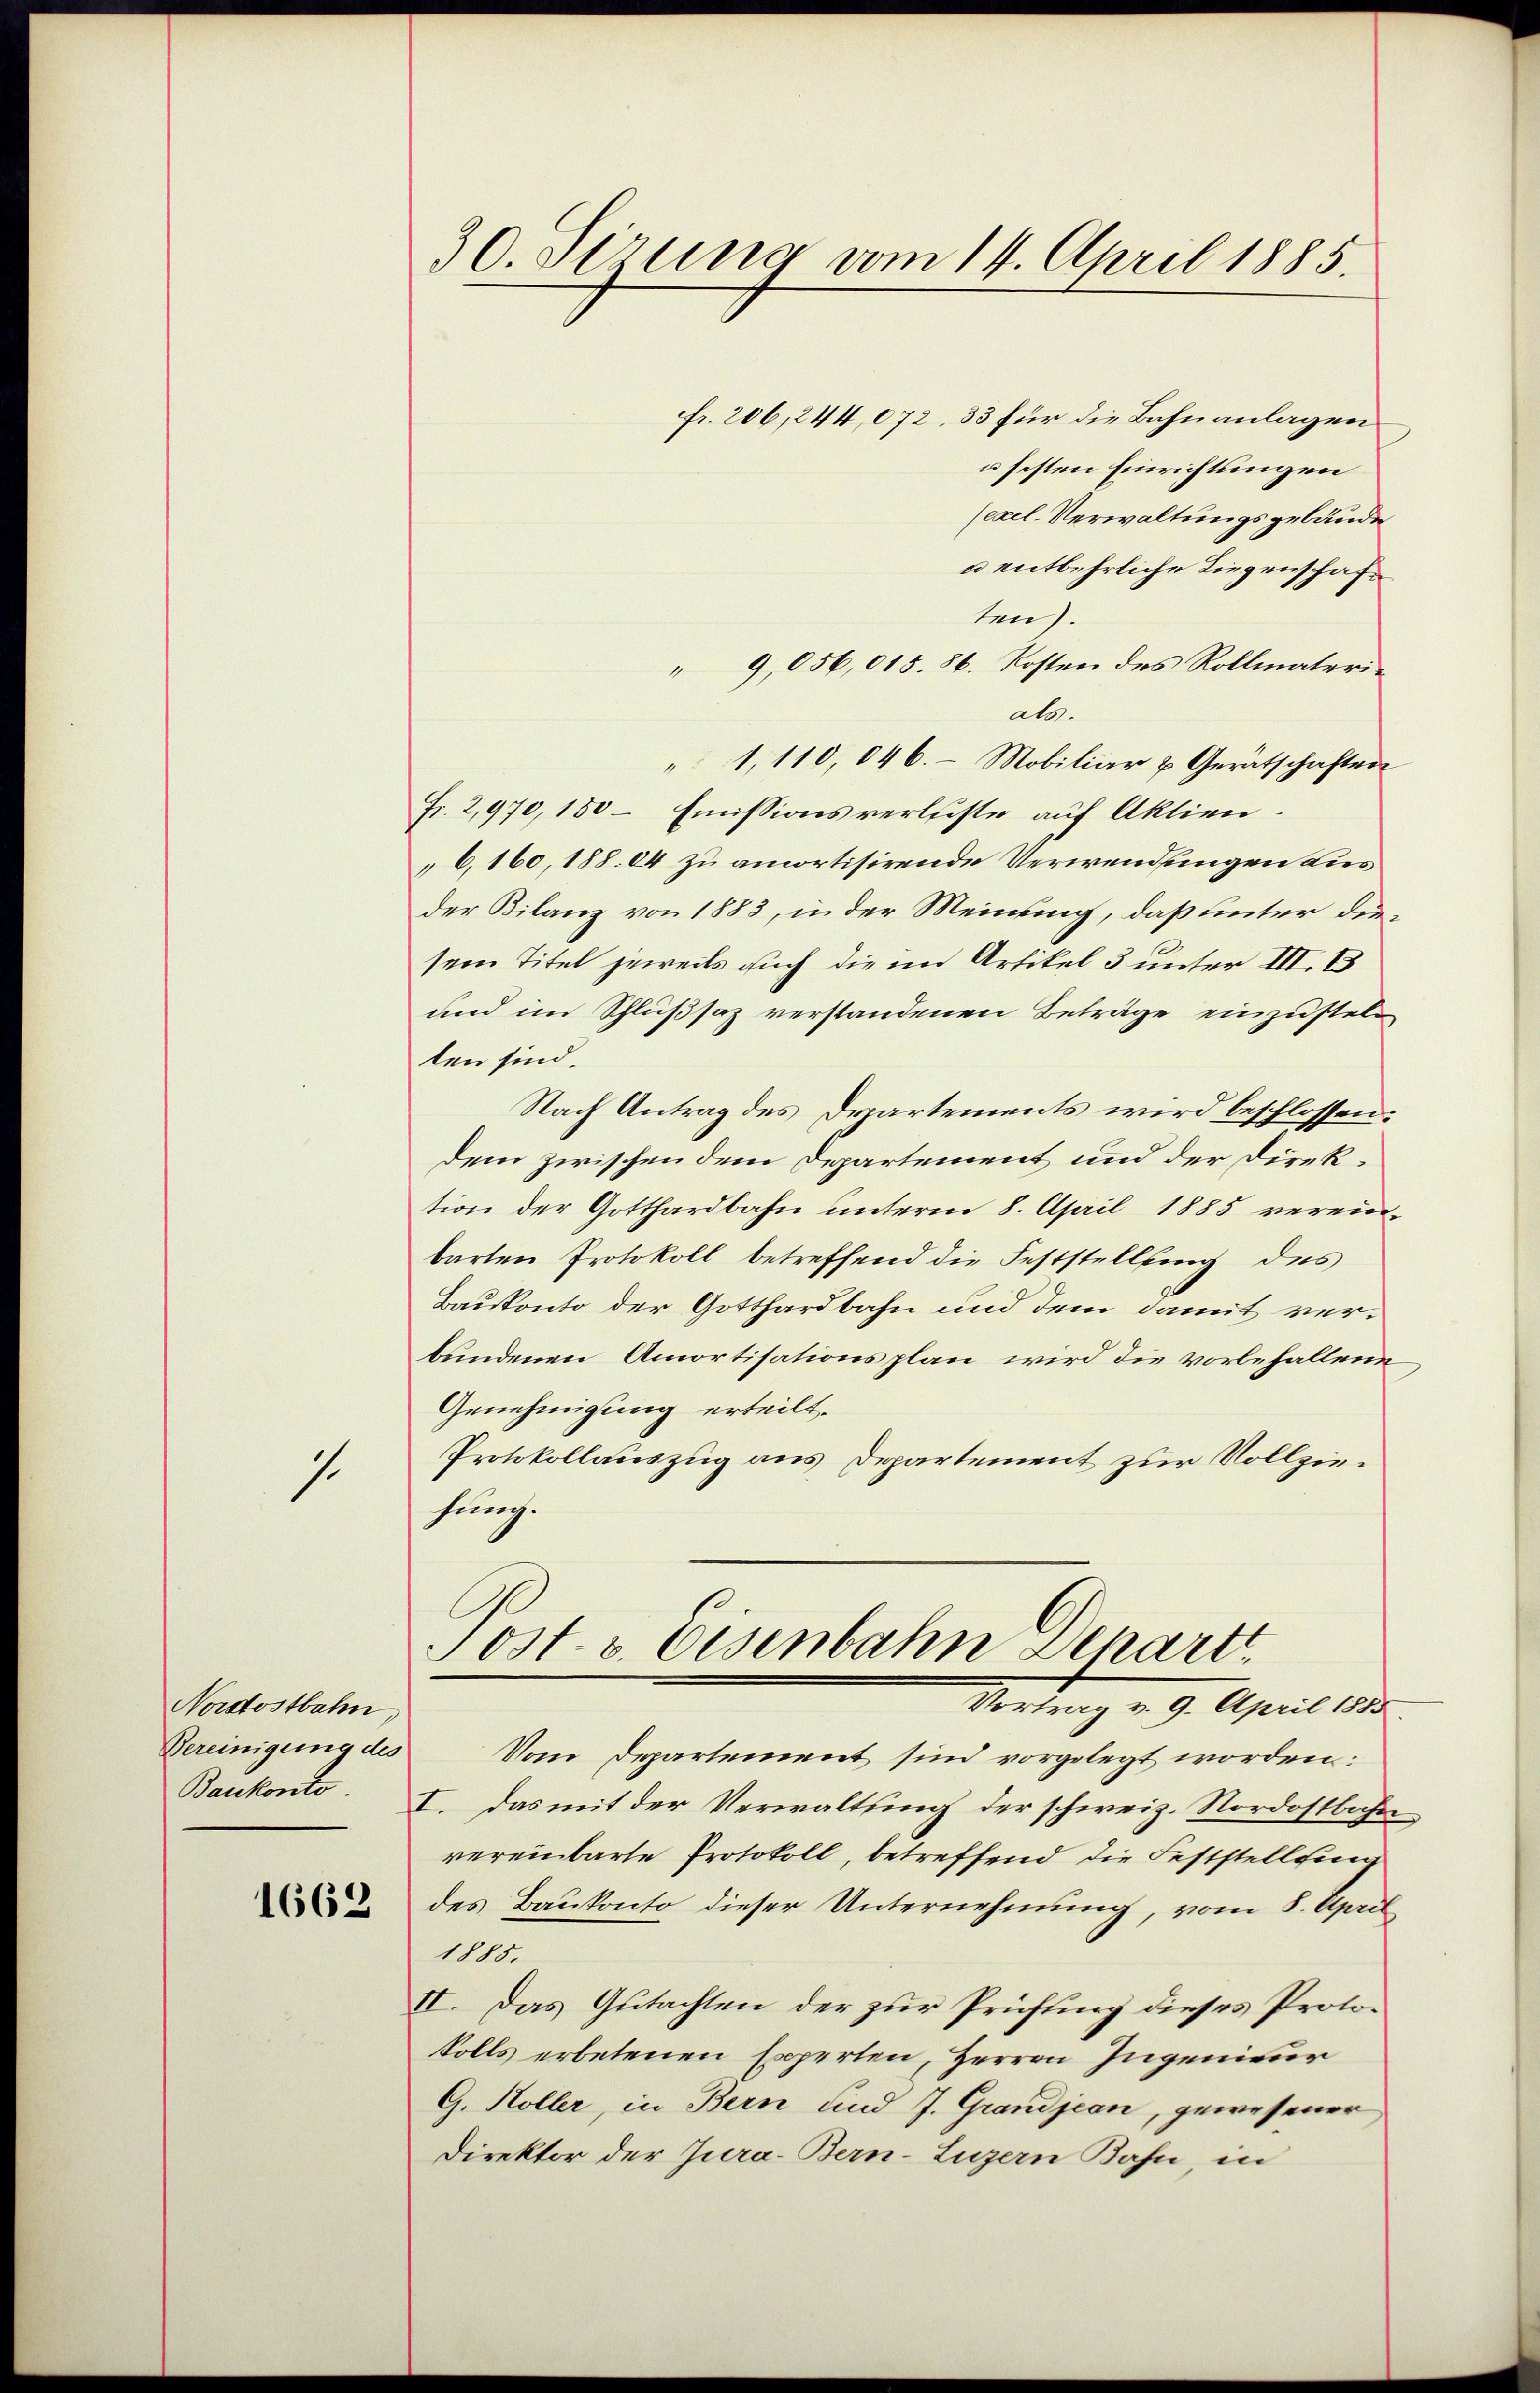
s

Nordostbahn
Bereinigung des
Bankonto.

1662

30. Serung vom 14. April 1885.
Fr. 206, 244,072, 33 für die Bahnanlagen
u festen Einrichtungen

(exel. Verwaltungsgebäude
u entbehrliche Liegenschaften).
" 9,056,015. 86. Kosten des Rollmaterials.
1,110, 046. Mobiliar & Gerätschaften
Fr. 2,970, 150 – Emissionsverleiste auf Aktien.
6,160, 188. 84 zu amortisirende Verwendungen dies
der Bilanz von 1883, in der Meinung, daß unter diesem Titel jeweils auch die im Artikel 3 unter III. B
und im Schlußsaz verstandenen Beträge einzustellen sind.
Nach Antrag des Departements wird beschlossen:
dem zwischen dem Departement und der Direktion der Gotthardbahn unterm 8. April 1885 vereinbarten Protokoll betreffend die Feststellung des
Baukonto der Gotthardbahn und dem damit verbundenen Amortisationsplan wird die vorbehaltene
Genehmigung erteilt.
Protokollauszug aus Departement zur Vollziefung.
Post. v. Eisenbahn Schartt
Vortrag v. 9. April 1855.
Vom Departement sind vorgelegt worden:
I. Das mit der Verwaltung der schweiz. Nordostbahn
vereinbarte Protokoll, betreffend die Feststellung
des Baukonto dieser Unternehmung, vom 8. April
1885.
II. Das Gutachten der zur Prüfung dieses Proto¬
Volls erbetenen Experten, Herren Ingenieur
G. Koller, in Bern und J. Grandjean, gewesener
Direktor der Jura. Bern-Luzern Bahn, in